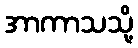
အာကာသသို့